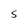
Character: S